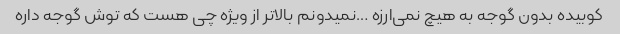
کوبیده بدون گوجه به هیچ نمی‌ارزه …نمیدونم بالاتر از ویژه چی هست که توش گوجه داره